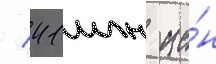
/ 41 млн ие́н